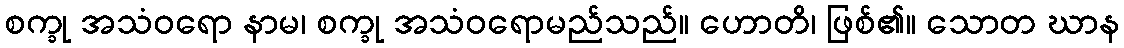
စက္ခု အသံဝရော နာမ၊ စက္ခု အသံဝရောမည်သည်။ ဟောတိ၊ ဖြစ်၏။ သောတ ဃာန